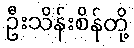
ဦးသိန်းစိန်တို့